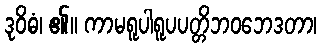
ဒုဝိဓံ၊ ၏။ ကာမရူပါရူပပတ္တိဘဝဘေဒတာ၊